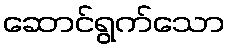
ဆောင်ရွက်သော